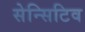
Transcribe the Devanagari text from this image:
सेन्सिटिव